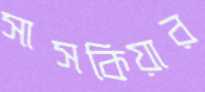
সাসকিয়ার